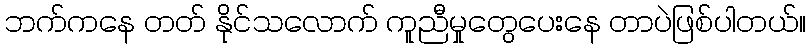
ဘက်ကနေ တတ် နိုင်သလောက် ကူညီမှုတွေပေးနေ တာပဲဖြစ်ပါတယ်။